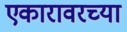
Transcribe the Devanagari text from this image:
एकारावरच्या